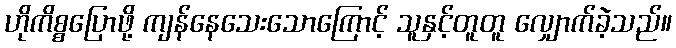
ဟိုကိစ္စပြောဖို့ ကျန်နေသေးသောကြောင့် သူနှင့်တူတူ လျှောက်ခဲ့သည်။